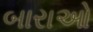
બારાઓ